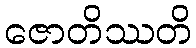
ဇောတိဿတိ